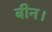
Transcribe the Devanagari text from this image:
बीन।